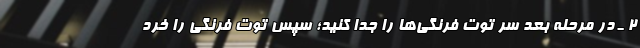
۲ ـ در مرحله بعد سر توت فرنگی‌ها را جدا کنید؛ سپس توت فرنگی را خرد